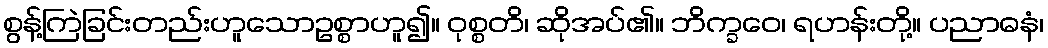
စွန့်ကြဲခြင်းတည်းဟူသောဥစ္စာဟူ၍။ ဝုစ္စတိ၊ ဆိုအပ်၏။ ဘိက္ခဝေ၊ ရဟန်းတို့။ ပညာဓနံ၊